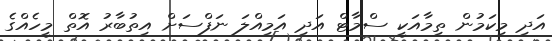
އަދި މިކަމުން ތިމާއަކީ ސްމާޓް އަދި އަމިއްލަ ނަފްސަށް އިތުބާރު އޮތް މީހެއްގެ